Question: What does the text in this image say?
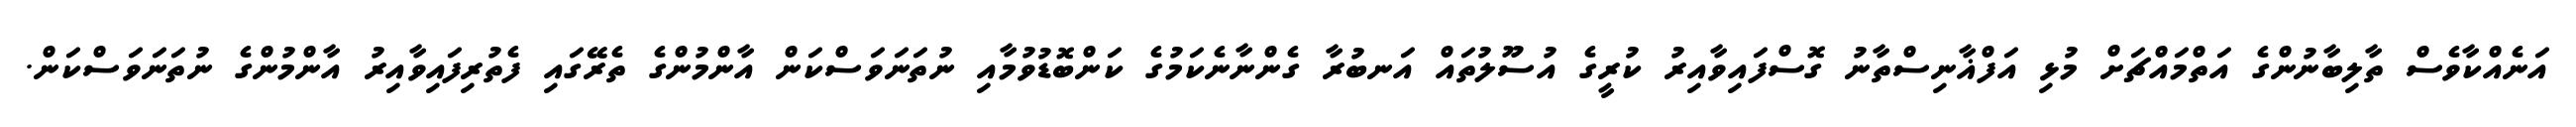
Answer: އަނެއްކާވެސް ތާލިބާނުންގެ އަތްމައްޗަށް މުޅި އަފްޣާނިސްތާނު ގޮސްފައިވާއިރު ކުރީގެ އުސޫލުތައް އަނބުރާ ގެންނާނެކަމުގެ ކަންބޮޑުވުމާއި ނުތަނަވަސްކަން އާންމުންގެ ތެރޭގައި ފެތުރިފައިވާއިރު އާންމުންގެ ނުތަނަވަސްކަން.